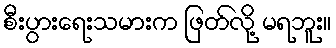
စီးပွားရေးသမားက ဖြတ်လို့ မရဘူး။